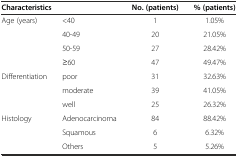
<table><thead><tr><td colspan="2"><b>Characteristics</b></td><td><b>No. (patients)</b></td><td><b>% (patients)</b></td></tr></thead><tbody><tr><td rowspan="4">Age (years)</td><td>&lt;40</td><td>1</td><td>1.05%</td></tr><tr><td>40-49</td><td>20</td><td>21.05%</td></tr><tr><td>50-59</td><td>27</td><td>28.42%</td></tr><tr><td>≥60</td><td>47</td><td>49.47%</td></tr><tr><td>Differentiation</td><td>poor</td><td>31</td><td>32.63%</td></tr><tr><td></td><td>moderate</td><td>39</td><td>41.05%</td></tr><tr><td></td><td>well</td><td>25</td><td>26.32%</td></tr><tr><td>Histology</td><td>Adenocarcinoma</td><td>84</td><td>88.42%</td></tr><tr><td></td><td>Squamous</td><td>6</td><td>6.32%</td></tr><tr><td></td><td>Others</td><td>5</td><td>5.26%</td></tr></tbody></table>